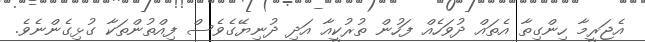
އެޖަރީމާ ހިންގިތާ އެތައް ދުވަހެއް ފަހުން ތުރުކީއާ އަދި ދުނިޔޭގެވެސް ފިއްތުންތަކާ ގުޅިގެންނެވެ.